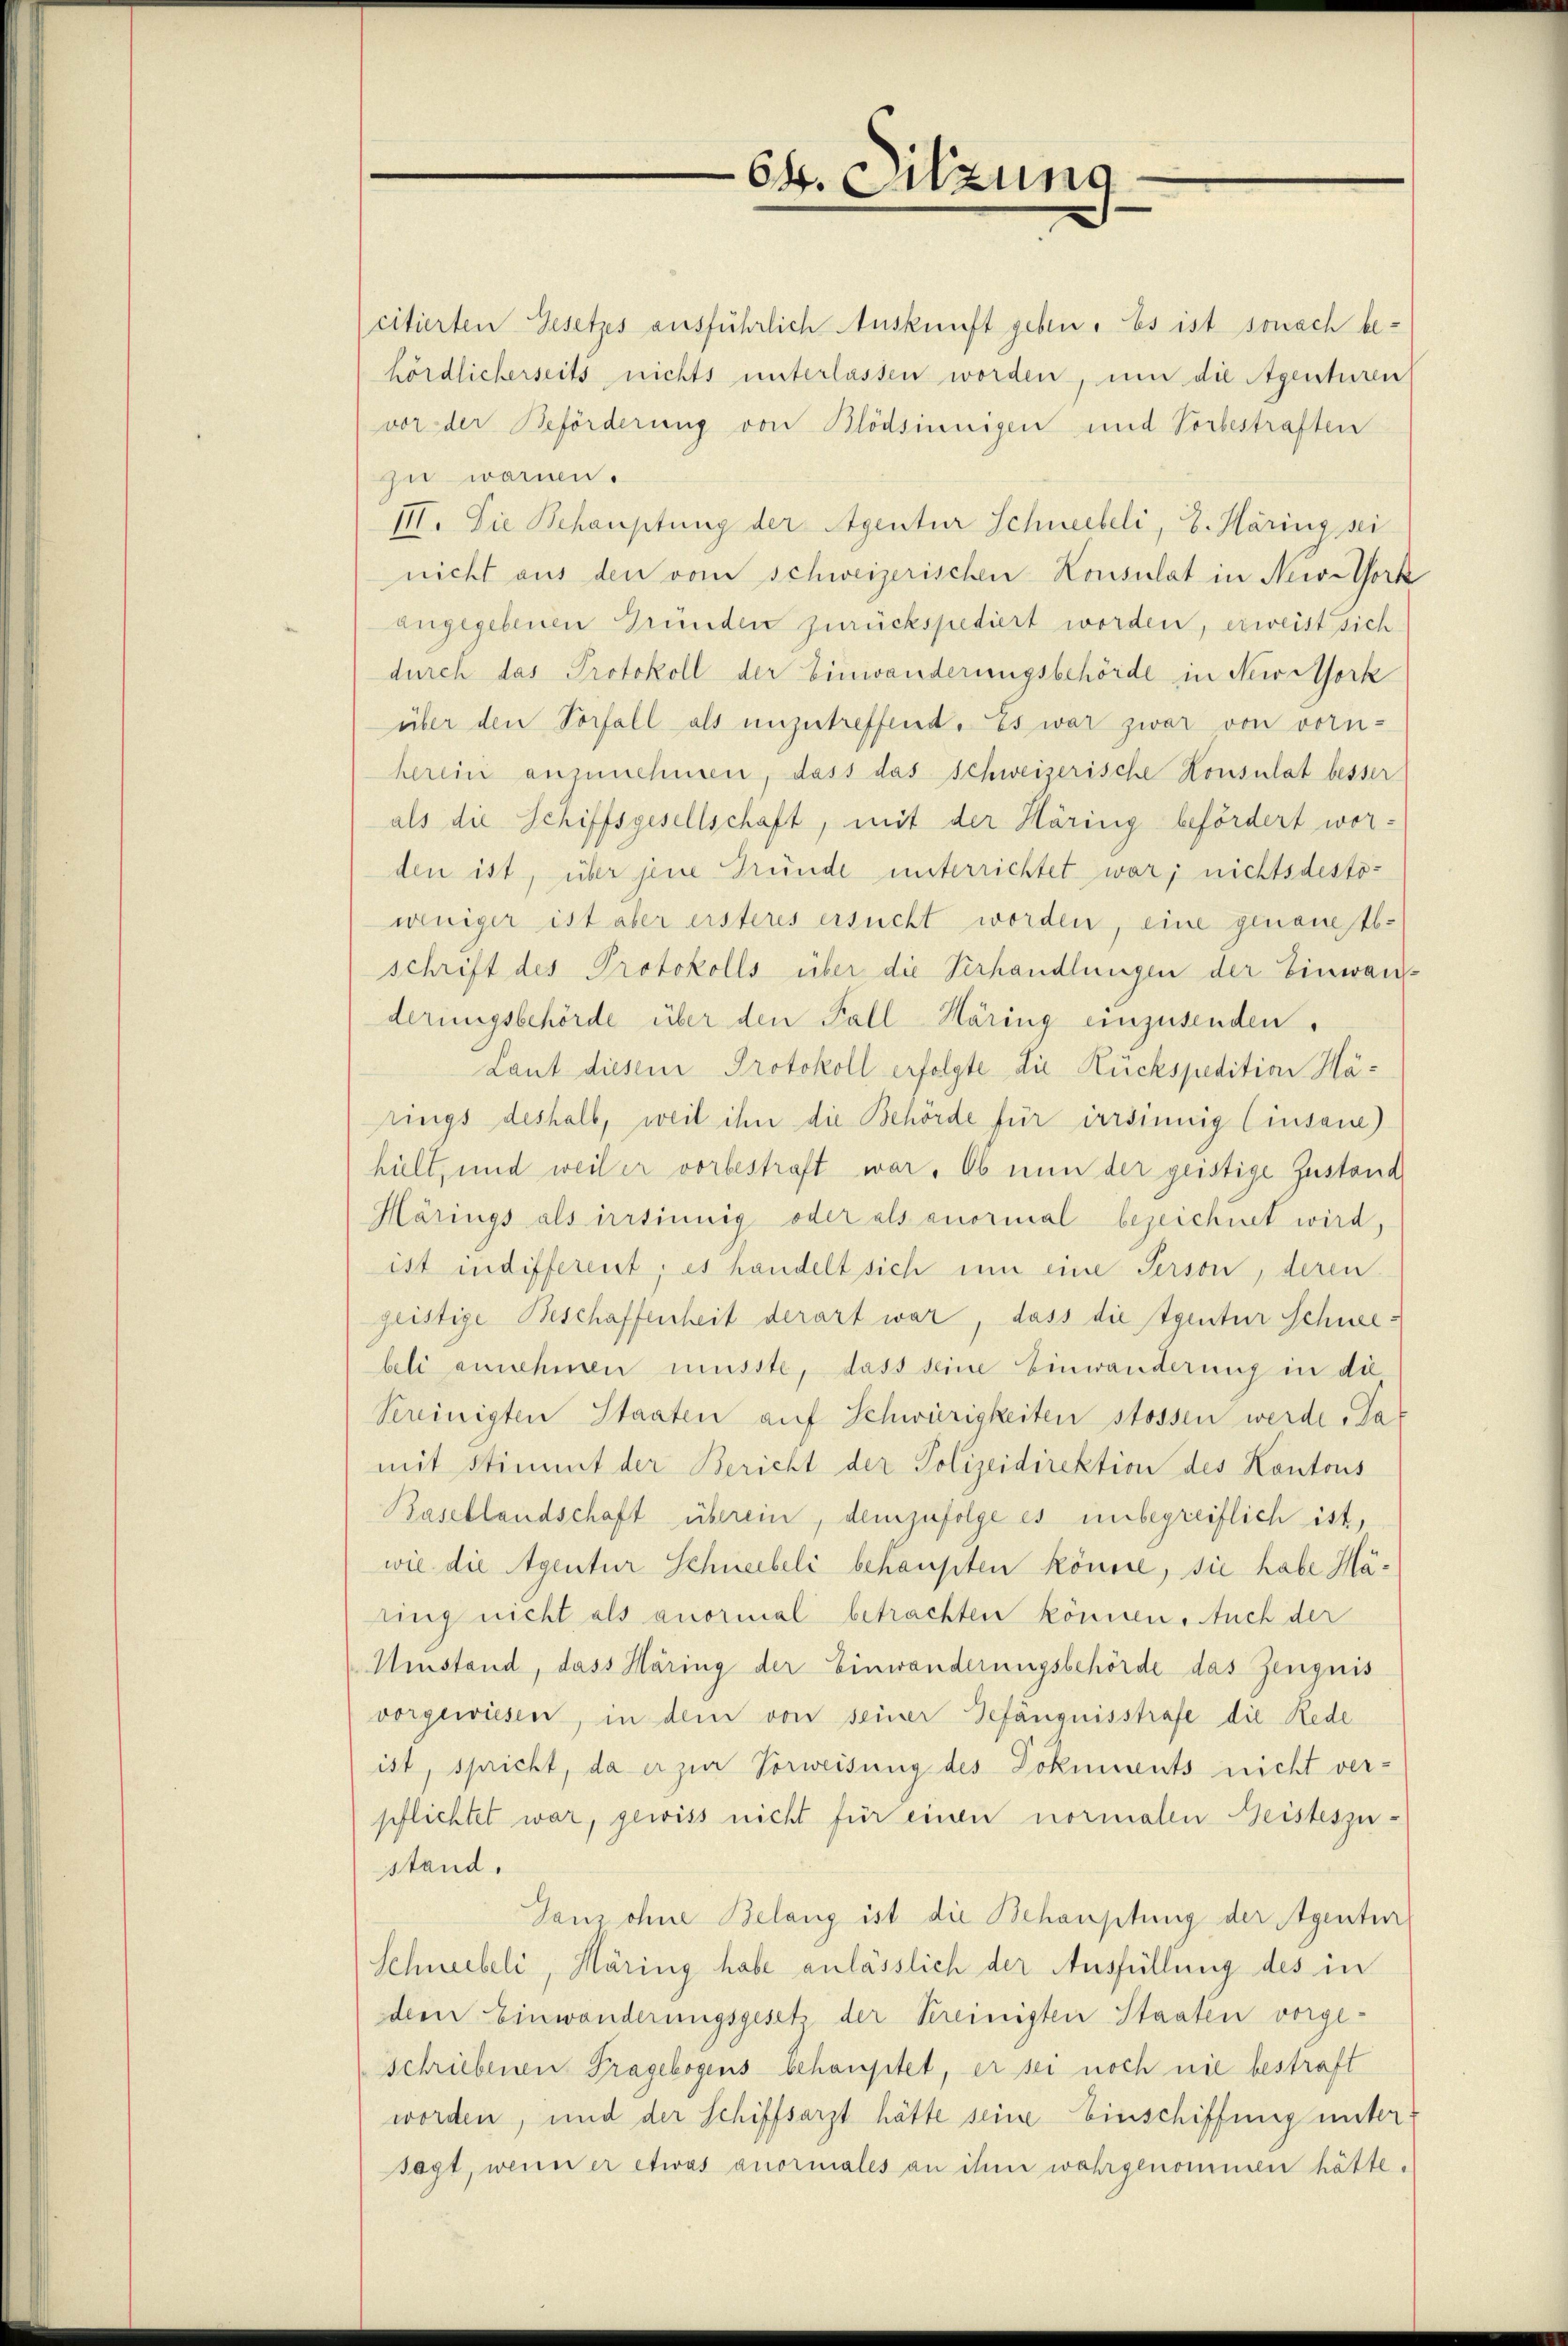
citierten Gesetzes ausführlich Auskunft geben. Es ist sonach behördlicherseits nichts unterlassen worden, um die Agenturen
vor der Beförderung von Blödsinnigen und Vorbestraften
zuwarmen.
III. Die Behauptung der Agentur Schneebeli, 8. Märing sei
nicht aus den vom schweizerischen Konsulat in New-York
angegebenen Gründen zurückspediert worden, erweist sich
durch das Protokoll der Einwanderungsbehörde in New-York
über den Vorfall als unzutreffend. Es war zwar von vorn-
herein anzunehmen, dass das Schweizerische Konsulat besser
als die Schiffsgesellschaft, mit der Häring befördert wor-
den ist, über jene Gründe unterrichtet war; nichtsdestoweniger ist aber ersteres ersucht worden, eine genanstsschrift des Protokolls über die Verhandlungen der Einwanderungsbehörde über den Fall Häring einzusenden,
Laut diesem Protokoll erfolgte die Rückspedition Harings deshalb, weil ihn die Behörde für irrsinnig Einsane)
hült, und weiler vorbestraft war. Ob nun der geistige Zustand
Härings als irrsinnig oder als anormal bezeichnet wird,
ist indifferent, es handelt sich um eine Person, deren
geistige Beschaffenheit derart war, dass die Agentur Schneebeli annehmen müsste, dass seine Einwanderung in die
Vereinigten Staaten auf Schwürigkeiten stossen werde. Da
mit Stimmt der Bericht der Polizeidirektion des Kantons
Basellandschaft überein, demzufolge es unbegreiflich ist,
wie die Agentur Schneebeli behaupten könne, sie habe Häling nicht als anormal betrachten können. Auch der
Umstand, dass Häring der Einwanderungsbehörde das Zeugnis
vorgewiesen, in dem von seiner Gefängnisstrafe die Rede
ist, spricht, da er zur Vorweisung des Dokuments nicht verpflichtet war, gewiss nicht für einen normalen Geisteszustand.
Ganz ohne Belang ist die Behauptung der Agenten
Schneebeli, Häring habe anlässlich der Ausfüllung des in
dem Einwanderungsgesetz der Sereinigten Staaten vorgeschriebenen Fragebogens behauptet, er sei noch nie bestraft
worden, und der Schiffsarzt hätte seine Einschiffung unter:
sagt, wenn er etwas anormales an ihm wahrgenommen hätte.

64. Sitzung